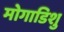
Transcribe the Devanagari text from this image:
मोगाडिशु